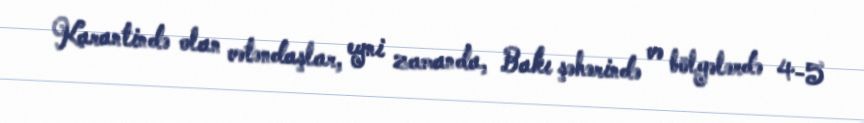
Karantində olan vətəndaşlar, eyni zamanda, Bakı şəhərində və bölgələrdə 4-5